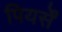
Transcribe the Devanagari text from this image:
पियर्सें